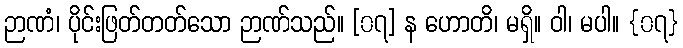
ဉာဏံ၊ ပိုင်းဖြတ်တတ်သော ဉာဏ်သည်။ [၀၇] န ဟောတိ၊ မရှိ။ ဝါ၊ မပါ။ {၀၇}